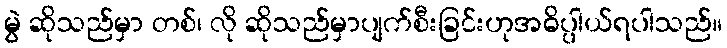
မွဲ ဆိုသည်မှာ တစ်၊ လို ဆိုသည်မှာပျက်စီးခြင်းဟုအဓိပ္ပါယ်ရပါသည်။